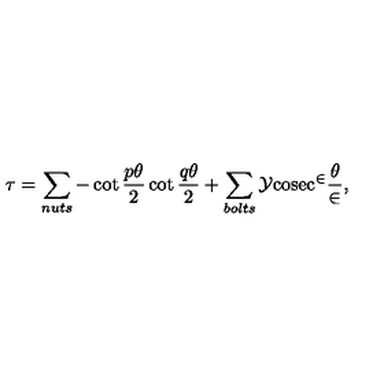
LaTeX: \tau = \sum _ { n u t s } - \cot \frac { p \theta } { 2 } \cot \frac { q \theta } { 2 } + \sum _ { b o l t s } \cal { Y } \mathrm { c o s e c } ^ { 2 } \frac { \theta } { 2 } ,